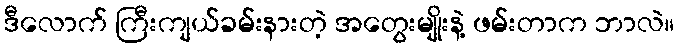
ဒီလောက် ကြီးကျယ်ခမ်းနားတဲ့ အတွေးမျိုးနဲ့ ဖမ်းတာက ဘာလဲ။